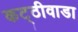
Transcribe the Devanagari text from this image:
कट्ठीवाडा